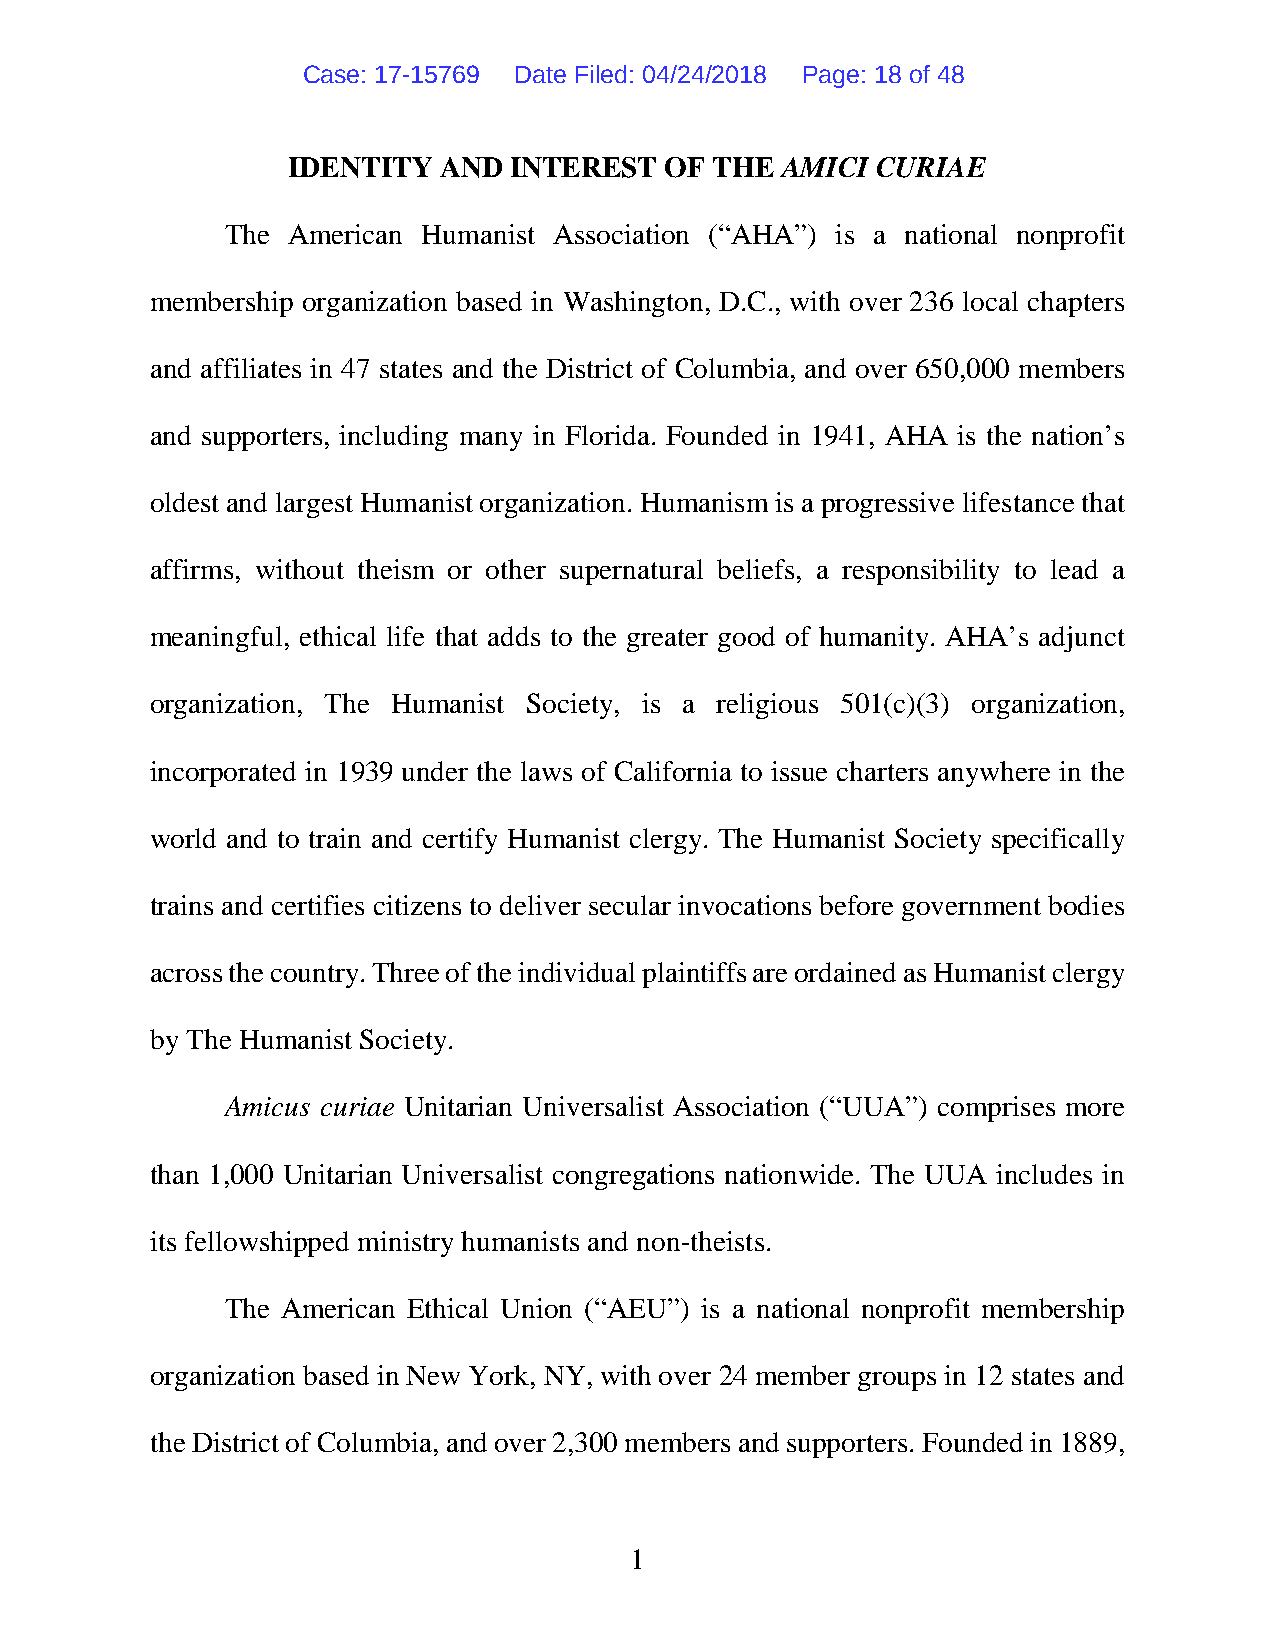
Case: 17-15769 Date Filed: 04/24/2018 Page: 18 of 48
 IDENTITY  AND  INTEREST  OF THE  AMICI CURIAE
 The American Humanist Association (“AHA”) is a national nonprofit
 membership organization based in Washington, D.C., with over 236 local chapters
 and affiliates in 47 states and the District of Columbia, and over 650,000 members
 and supporters, including many in Florida. Founded in 1941, AHA is the nation’s
 oldest and largest Humanist organization. Humanism is a progressive lifestance that
 affirms, without theism or other supernatural beliefs, a responsibility to lead a
 meaningful, ethical life that adds to the greater good of humanity. AHA’s adjunct
 organization, The Humanist Society, is a religious 501(c)(3) organization,
 incorporated in 1939 under the laws of California to issue charters anywhere in the
 world and to train and certify Humanist clergy. The Humanist Society specifically
 trains and certifies citizens to deliver secular invocations before government bodies
 across the country. Three of the individual plaintiffs are ordained as Humanist clergy
 by The Humanist Society.
 Amicus curiae Unitarian Universalist Association (“UUA”) comprises more
 than 1,000 Unitarian Universalist congregations nationwide. The UUA includes in
 its fellowshipped ministry humanists and non-theists.
 The American Ethical Union (“AEU”) is a national nonprofit membership
 organization based in New York, NY, with over 24 member groups in 12 states and
 the District of Columbia, and over 2,300 members and supporters. Founded in 1889,
 1